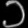
Digit: ၁